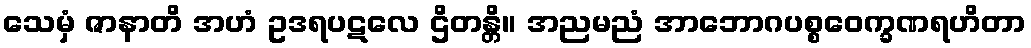
သေမှံ ဇာနာတိ အဟံ ဥဒရပဋလေ ဌိတန္တိ။ အညမညံ အာဘောဂပစ္စဝေက္ခဏရဟိတာ